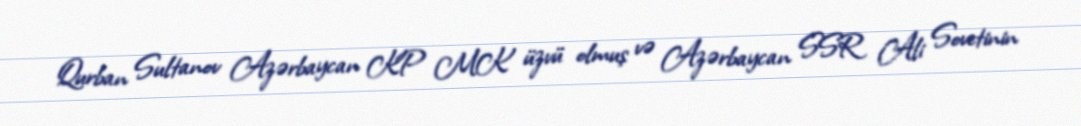
Qurban Sultanov Azərbaycan KP MK üzvü olmuş və Azərbaycan SSR Ali Sovetinin